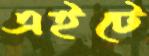
এইটে